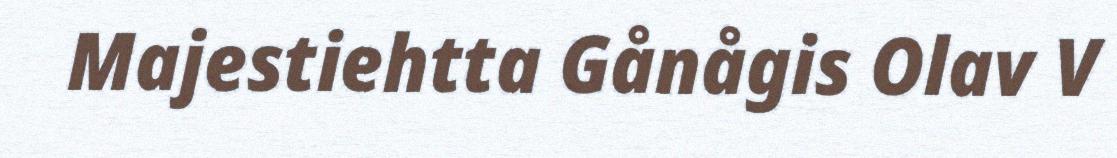
Majestiehtta Gånågis Olav V